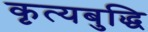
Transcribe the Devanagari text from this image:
कृत्यबुद्धि